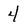
Character: 4